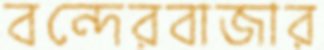
বন্দেরবাজার